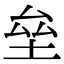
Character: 垒